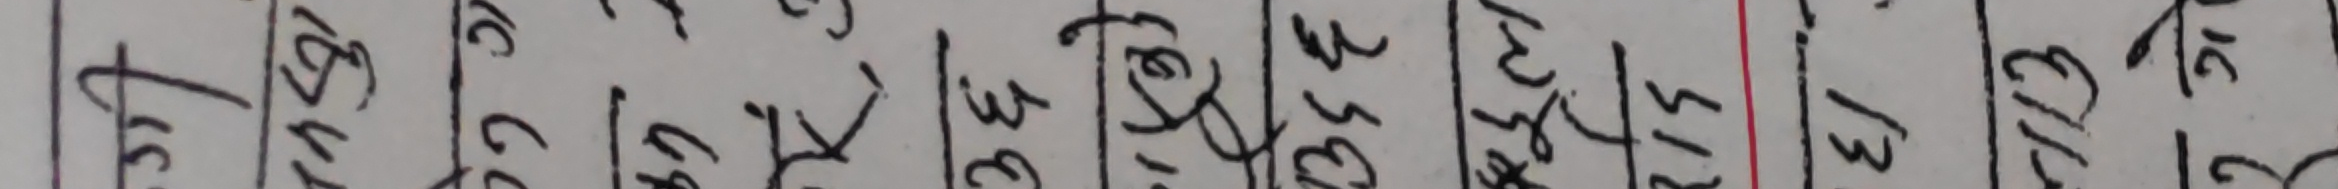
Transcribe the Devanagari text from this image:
१२
२०
१८
४२|४
१
३
७|२०
१३
१०
२०|४
२
१
७|३०
२२
२३
३०|१
२
४
१०|१
०
९
१५|४
१३
४
१३|३०
३१
२२
३०